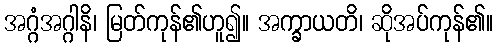
အဂ္ဂံအဂ္ဂါနိ၊ မြတ်ကုန်၏ဟူ၍။ အက္ခာယတိ၊ ဆိုအပ်ကုန်၏။